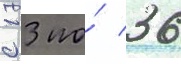
с 13 по́ 36